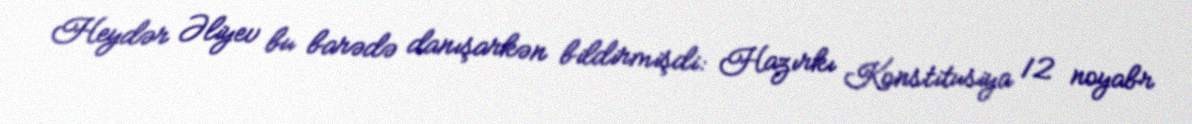
Heydər Əliyev bu barədə danışarkən bildirmişdi: Hazırkı Konstitusiya 12 noyabr